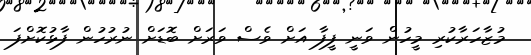
މުޒާހަރާކުރި މީހުން ވަނީ ފީފާ އަށް ވެސް ވަރަށް ބޮޑަށް ނުރުހުން ފާޅުކޮށްފަ